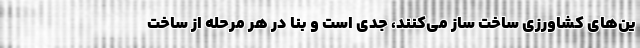
ین‌های کشاورزی ساخت ساز می‌کنند، جدی است و بنا در هر مرحله از ساخت